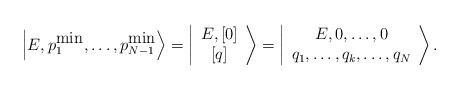
LaTeX: \begin{align*}\left\vert E, p_1^{\mbox{min}},\ldots, p_{N-1}^{\mbox{min}}\right>=\left\vert\begin{array}{c} E, \left[0\right]\\ \left[ q \right] \end{array}\right>=\left\vert \begin{array}{c} E, 0, \ldots , 0 \\ q_1,\ldots,q_k,\ldots,q_{N} \end{array} \right>.\end{align*}